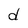
Character: d